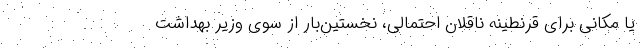
یا مکانی برای قرنطینه ناقلان احتمالی، نخستین‌بار از سوی وزیر بهداشت